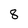
Character: 8